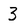
Character: 3